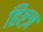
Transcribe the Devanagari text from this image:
हिल्ज़